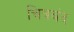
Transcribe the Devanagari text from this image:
चित्रबंद